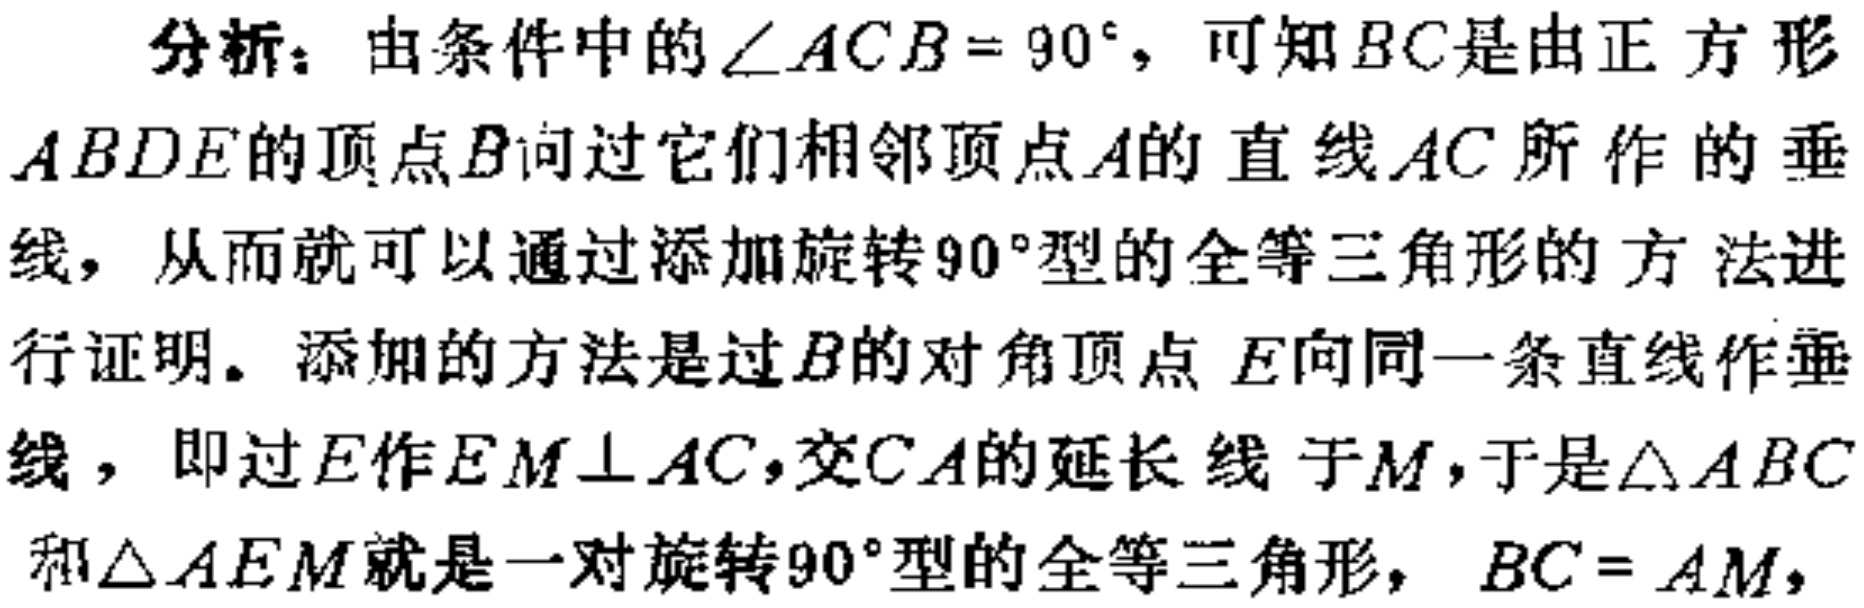
分析：由条件中的\(\angle ACB = 90^{\circ}\)，可知\(BC\)是由正方形\(ABDE\)的顶点\(B\)向过它们相邻顶点\(A\)的直线\(AC\)所作的垂线，从而就可以通过添加旋转\(90^{\circ}\)型的全等三角形的方法进行证明。添加的方法是过\(B\)的对角顶点\(E\)向同一条直线作垂线，即过\(E\)作\(EM\perp AC\)，交\(CA\)的延长线于\(M\)，于是\(\triangle ABC\)和\(\triangle AEM\)就是一对旋转\(90^{\circ}\)型的全等三角形，\(BC = AM\)，